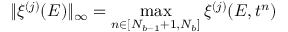
\| \xi ^ { ( j ) } ( E ) \| _ { \infty } = \operatorname* { m a x } _ { n \in [ N _ { b - 1 } + 1 , N _ { b } ] } \xi ^ { ( j ) } ( E , t ^ { n } )